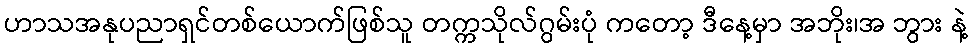
ဟာသအနုပညာရှင်တစ်ယောက်ဖြစ်သူ တက္ကသိုလ်ဂွမ်းပုံ ကတော့ ဒီနေ့မှာ အဘိုး၊အ ဘွား နဲ့